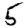
Digit: 5